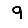
Digit: 9